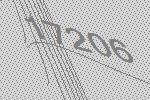
17206